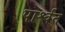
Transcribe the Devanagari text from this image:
पार्श्वत